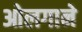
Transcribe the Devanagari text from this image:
ओलगाने